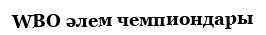
WBO әлем чемпиондары